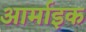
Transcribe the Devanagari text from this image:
आर्माइक